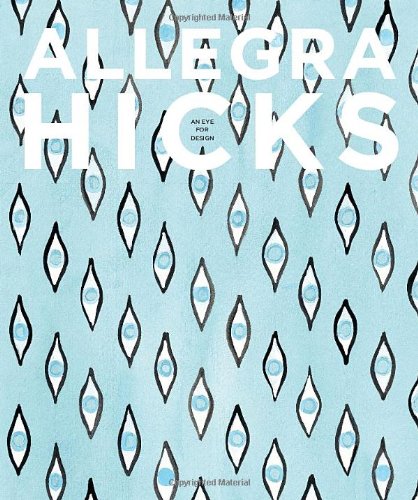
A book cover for Allegra Hicks: An Eye for Design; Allegra Hicks; Arts & Photography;